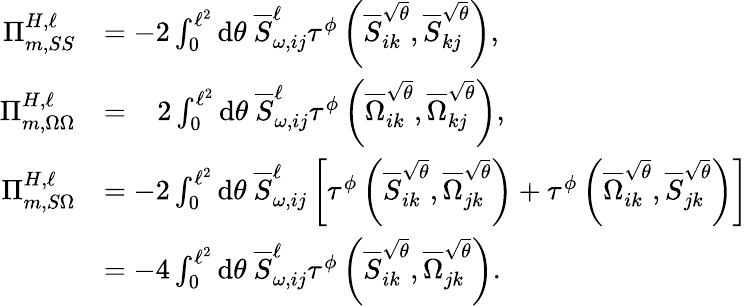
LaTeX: \begin{array}{rl}{\Pi_{m,SS}^{H,\ell}}&{=-2\int_{0}^{\ell^{2}}\mathrm{d}\theta~\overline{{S}}_{\omega,ij}^{\ell}\tau^{\phi}\left(\overline{{S}}_{ik}^{\sqrt{\theta}},\overline{{S}}_{kj}^{\sqrt{\theta}}\right),}\\ {\Pi_{m,\Omega\Omega}^{H,\ell}}&{=\; \; \; 2\int_{0}^{\ell^{2}}\mathrm{d}\theta~\overline{{S}}_{\omega,ij}^{\ell}\tau^{\phi}\left(\overline{{\Omega}}_{ik}^{\sqrt{\theta}},\overline{{\Omega}}_{kj}^{\sqrt{\theta}}\right),}\\ {\Pi_{m,S\Omega}^{H,\ell}}&{=-2\int_{0}^{\ell^{2}}\mathrm{d}\theta~\overline{{S}}_{\omega,ij}^{\ell}\left[\tau^{\phi}\left(\overline{{S}}_{ik}^{\sqrt{\theta}},\overline{{\Omega}}_{jk}^{\sqrt{\theta}}\right)+\tau^{\phi}\left(\overline{{\Omega}}_{ik}^{\sqrt{\theta}},\overline{{S}}_{jk}^{\sqrt{\theta}}\right)\right]}\\ &{=-4\int_{0}^{\ell^{2}}\mathrm{d}\theta~\overline{{S}}_{\omega,ij}^{\ell}\tau^{\phi}\left(\overline{{S}}_{ik}^{\sqrt{\theta}},\overline{{\Omega}}_{jk}^{\sqrt{\theta}}\right).}\end{array}